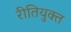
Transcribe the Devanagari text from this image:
रीतियुक्त